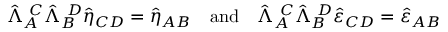
\hat { \Lambda } _ { A } ^ { \ C } \hat { \Lambda } _ { B } ^ { \ D } \hat { \eta } _ { C D } = \hat { \eta } _ { A B } \ \ \ \mathrm { a n d } \ \ \ \hat { \Lambda } _ { A } ^ { \ C } \hat { \Lambda } _ { B } ^ { \ D } \hat { \varepsilon } _ { C D } = \hat { \varepsilon } _ { A B }